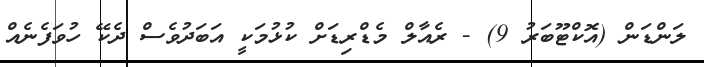
ލަންޑަން (އޮކްޓޫބަރު 9) - ރެއާލް މެޑްރިޑަށް ކުޅުމަކީ އަބަދުވެސް ދެކޭ ހުވަފެނެއް